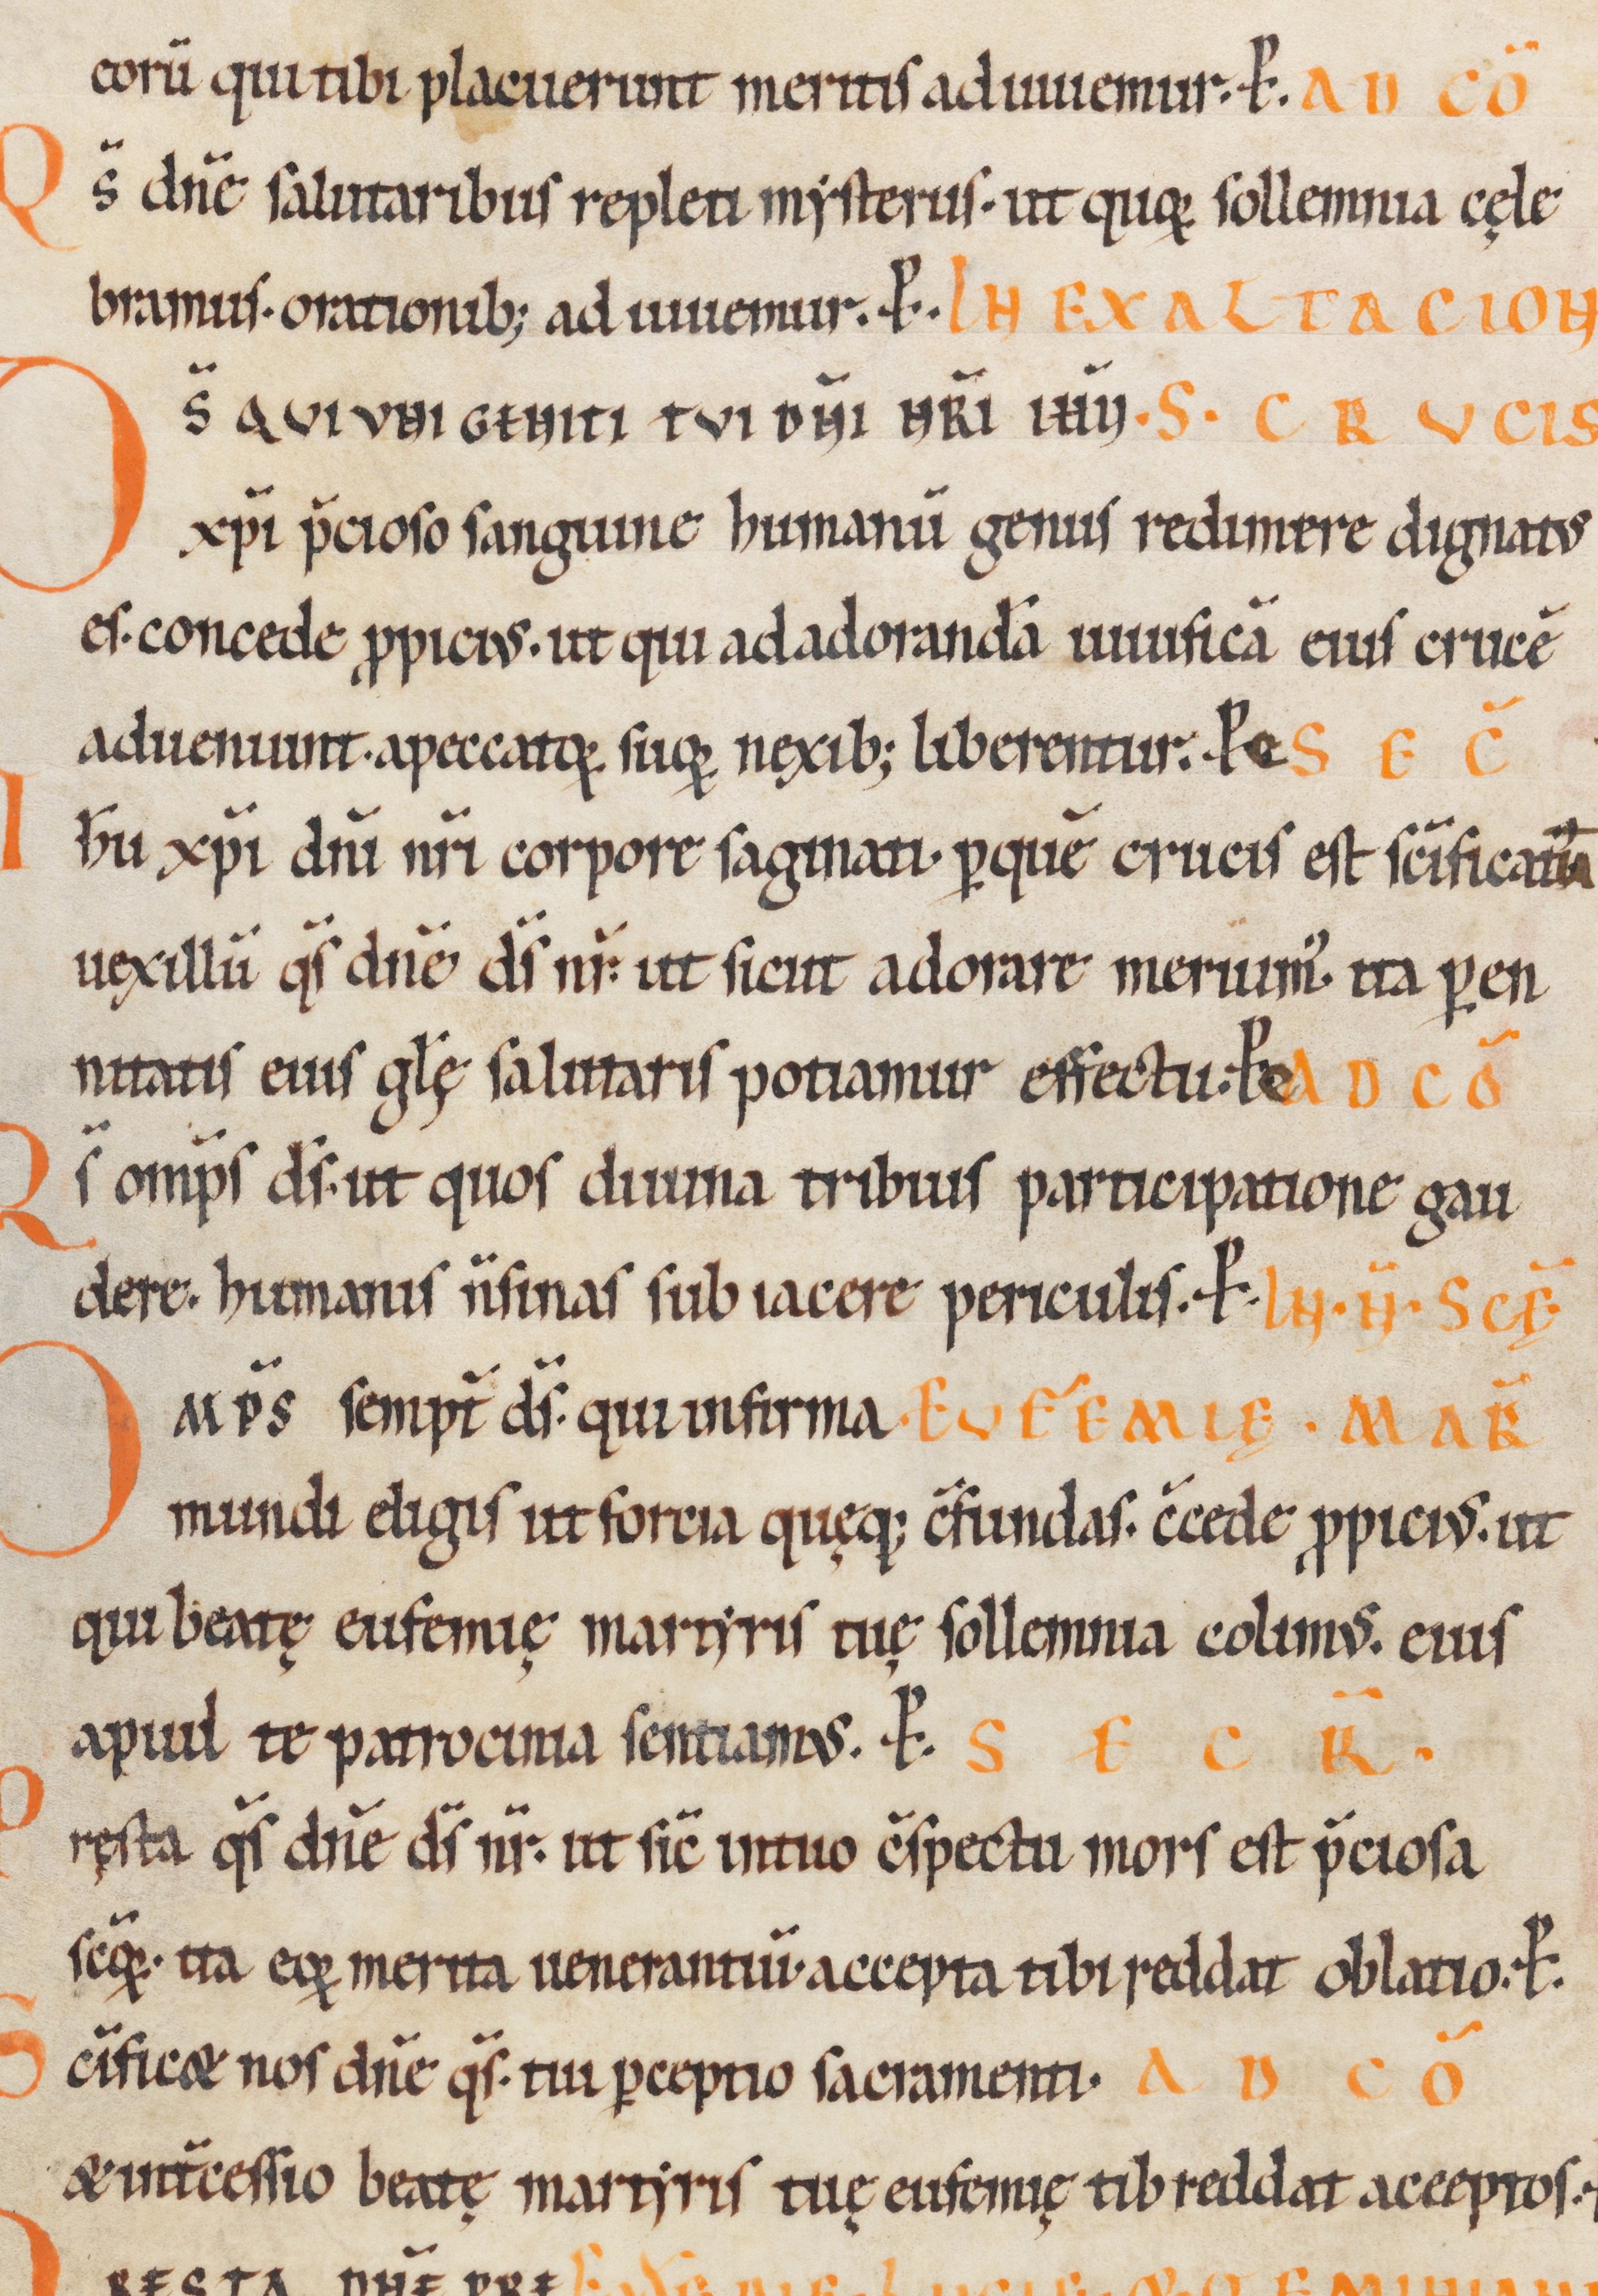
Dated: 1100–1199